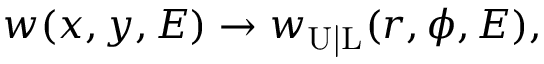
w ( x , y , E ) \rightarrow w _ { \mathrm { U | L } } ( r , \phi , E ) ,